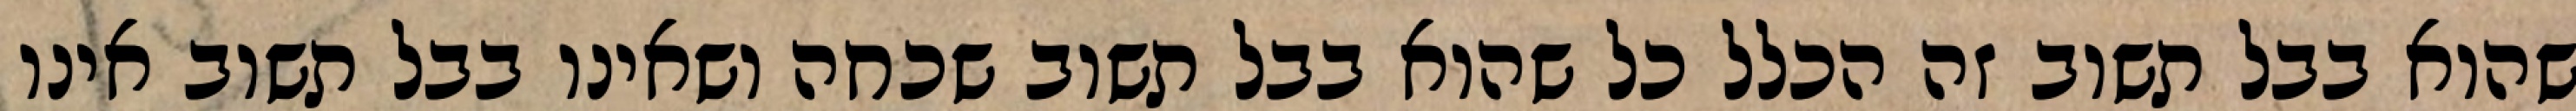
שהוא בבל תשוב זה הכלל כל שהוא בבל תשוב שכחה ושאינו בבל תשוב אינו